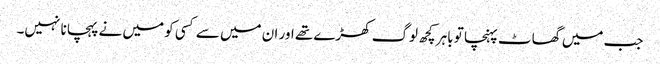
جب میں گھاٹ پہنچا تو باہر کچھ لوگ کھڑے تھے اور ان میں سے کسی کو میں نے پہچانا نہیں۔